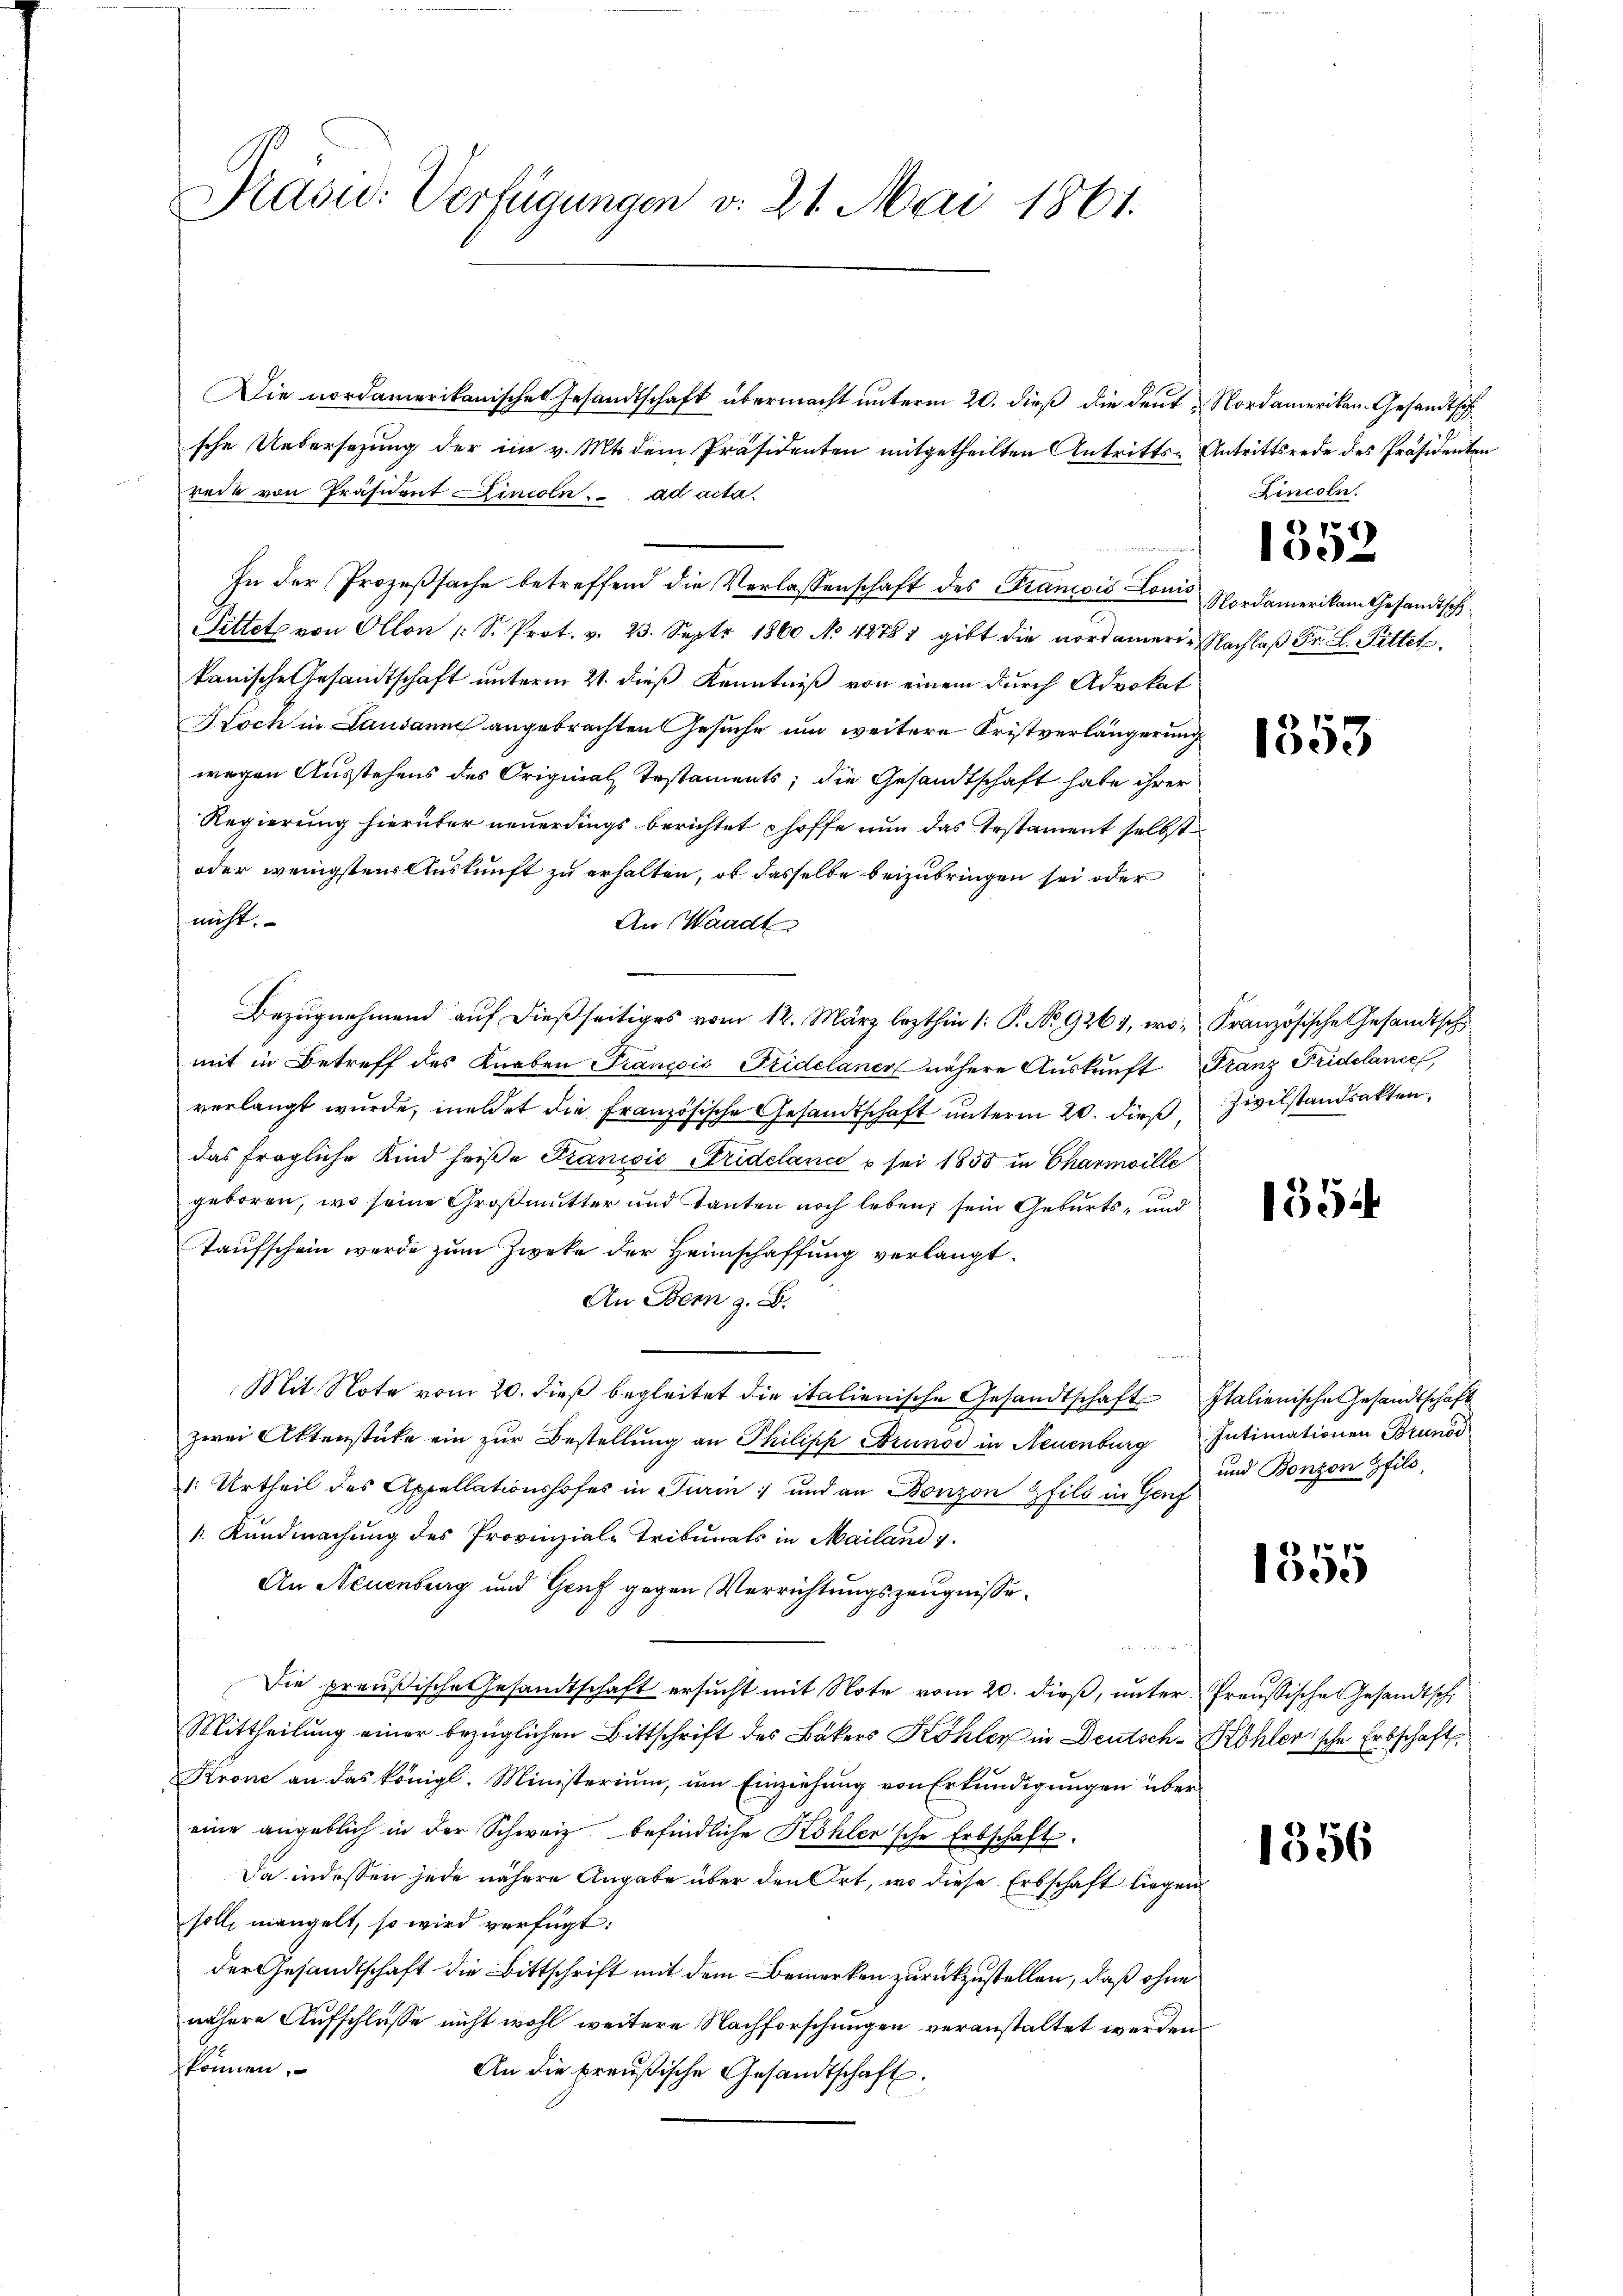
Präsid. Verfügungen d. 21. Mai 1861.

Die nordamerikanischen Gesandtschaft übermacht unterm 20. dieß die deut, Nordameriken-Gesandtsch
sche Uebersetzung der im v. Mts. dem Präsidenten mitgetheilten Antritts-Antrittsrede des Präsidenten
rede von Präsident incoln . . ad acta.
In der Prozeßsache betreffend die Verlassenschaft des Pranović Homo Nordamerikam Gesandtsch
Pittet von Ollon 1 S. Prot. v. 23. Sept 1860 No 42781 gibt die nordamerie Nachlaβ Fr. L. Pittet.
kanische Gesandtschaft unterm 21. dieß Kenntniß von einem durch Advokat
Noch in Lausanne angebrachten Gesuche um weitere Fristverlängerung
wegen Ausstehens des Original, Testaments; die Gesandtschaft habe ihrer
Regierung hierüber neuerdings berichtet hoffe nun das Testament selbst
oder wenigstens Auskunft zu erhalten, ob dasselbe beizubringen sei oder
nicht.
An Waadt
Bezugnehmend auf dießseitiges vom 12. März lezthin 1: P. No. 926, wo Französische Gesandtschmit in Betreff des Kneben François Fridelaner nähere Auskunft Franz Fridelancel
verlangt wurde, meldet die Französische Gesandtschaft unterm 20. dieß,
das fragliche Kind heiße Franiić Sridelance o sei 1855 in Charmoille
geboren, wo seine Großmutter und Tanten noch leben, sein Geburts- und
Taufschein werde zum Zweke der Heimschaffung verlangt.
An Bern z. B.
Mit Note vom 20. dieß begleitet die italienische Gesandtschaft Italienische Gesandtschaft
zwei Aktenstücke ein zŭr Bestellung an Philipp Brunod in Neuenburg Intimationen Brunod
1. Urtheil des Appellationshofes in Turin; und an Bonzon Zfild in Genf
 Kundmachung des Provinziale Tribunals in Mailand 7.
An Neuenburg und Genf gegen Verrichtungszeugnissee
Die preußische Gesandtschaft ersucht mit Note vom 20. dieß, unter Preußische Gesandtsch
Mittheilung einer bezüglichen Bittschrift des Bäkers Köhler in Deutsch-Kohler'sche Erbschaft
Krone an das königl. Ministerium, um Einziehung von Erkundigungen über
eine angeblich in der Schweiz befindliche Köhler'sche Erbschaft-
Da indessen jede nähere Angabe über den Ort, wo diese Erbschaft liegen
solle mangelt, so wird verfügt:
der Gesandtschaft die Bittschrift mit dem Bemerken zurückzustellen, daß ohne
nähere Aufschlüsse nicht wohl weitere Nachforschungen veranstaltet werden
können.
An die preußische Gesandtschaft.

Lincoln.
7
1052

1353

Zivilstandsakten,

1354

und Bonzon Pfild,

1555

1356